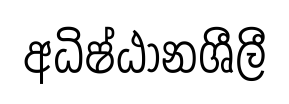
අධිෂ්ඨානශීලී